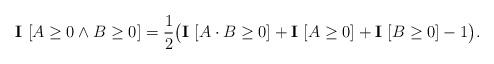
LaTeX: \begin{align*}\mathbf{I} \ [A \ge 0 \wedge B \ge 0] = \frac12 \big( \mathbf{I} \ [ A \cdot B \ge 0] + \mathbf{I} \ [A \ge 0] + \mathbf{I} \ [B \ge 0] - 1\big). \end{align*}